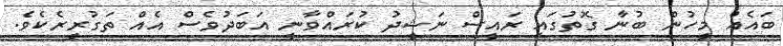
ބައެއް މީހުން ބުނާ ގޮތުގައި ރައީސް ނަޝީދު ކުރައްވާނީ އަބަދުވެސް އެއް ތަގުރީރެކެވެ.